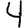
Digit: 4